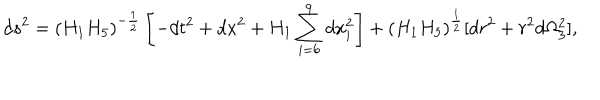
d s ^ { 2 } = ( H _ { 1 } H _ { 5 } ) ^ { - \frac { 1 } { 2 } } \left[ - d t ^ { 2 } + d x ^ { 2 } + H _ { 1 } \sum _ { i = 6 } ^ { 9 } d x _ { i } ^ { 2 } \right] + ( H _ { 1 } H _ { 5 } ) ^ { \frac { 1 } { 2 } } [ d r ^ { 2 } + r ^ { 2 } d \Omega _ { 3 } ^ { 2 } ] ,